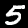
Digit: 5